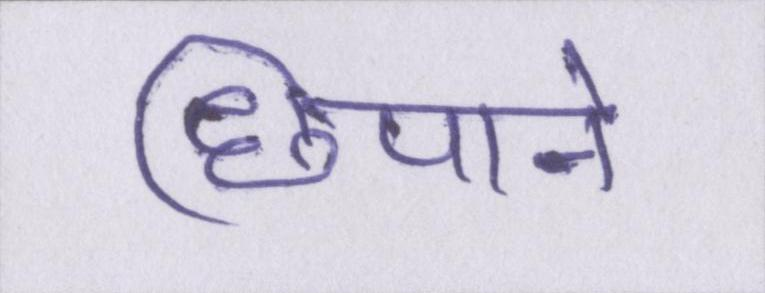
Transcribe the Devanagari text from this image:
छिपाने